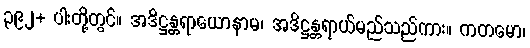
၃၉၂+ ပါးတို့တွင်။ အဒိဋ္ဌန္တရာယောနာမ၊ အဒိဋ္ဌန္တရာယ်မည်သည်ကား။ ကတမော၊